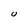
Character: U